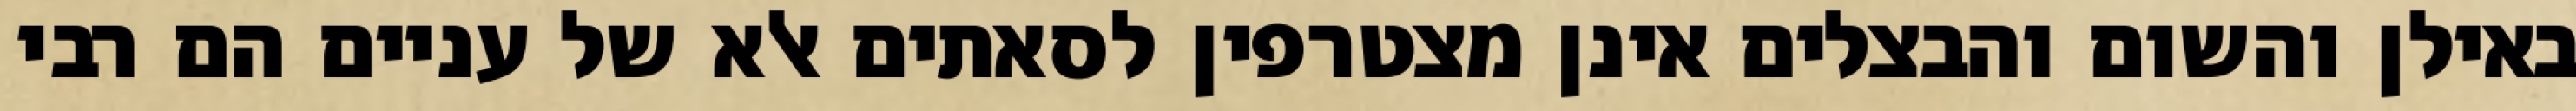
באילן והשום והבצלים אינן מצטרפין לסאתים אלא של עניים הם רבי